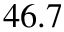
4 6 . 7